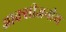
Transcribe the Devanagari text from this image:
आक्सीजनीय